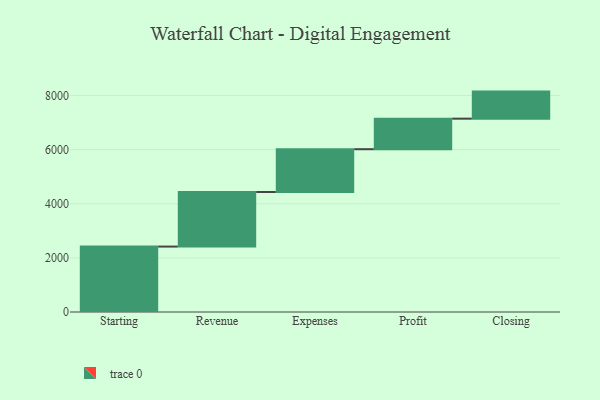
{"axis": {"x": "Step", "y": "Value"}, "legend": [""], "data": [{"x": "Starting", "y": 2418.0, "type": ""}, {"x": "Revenue", "y": 2017.0, "type": ""}, {"x": "Expenses", "y": 1582.0, "type": ""}, {"x": "Profit", "y": 1129.0, "type": ""}, {"x": "Closing", "y": 1000, "type": ""}]}